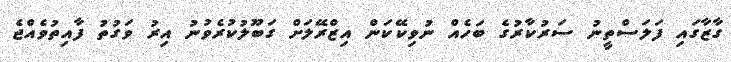
ގާޒާގައި ފަލަސްތީނު ސަރުކާރުގެ ބަހެއް ނުވިކޭކަން އިޒްރޭލަށް ގަބޫލުކުރެވުނު އިރު ވަގުތު ފާއިތުވެއްޖެ